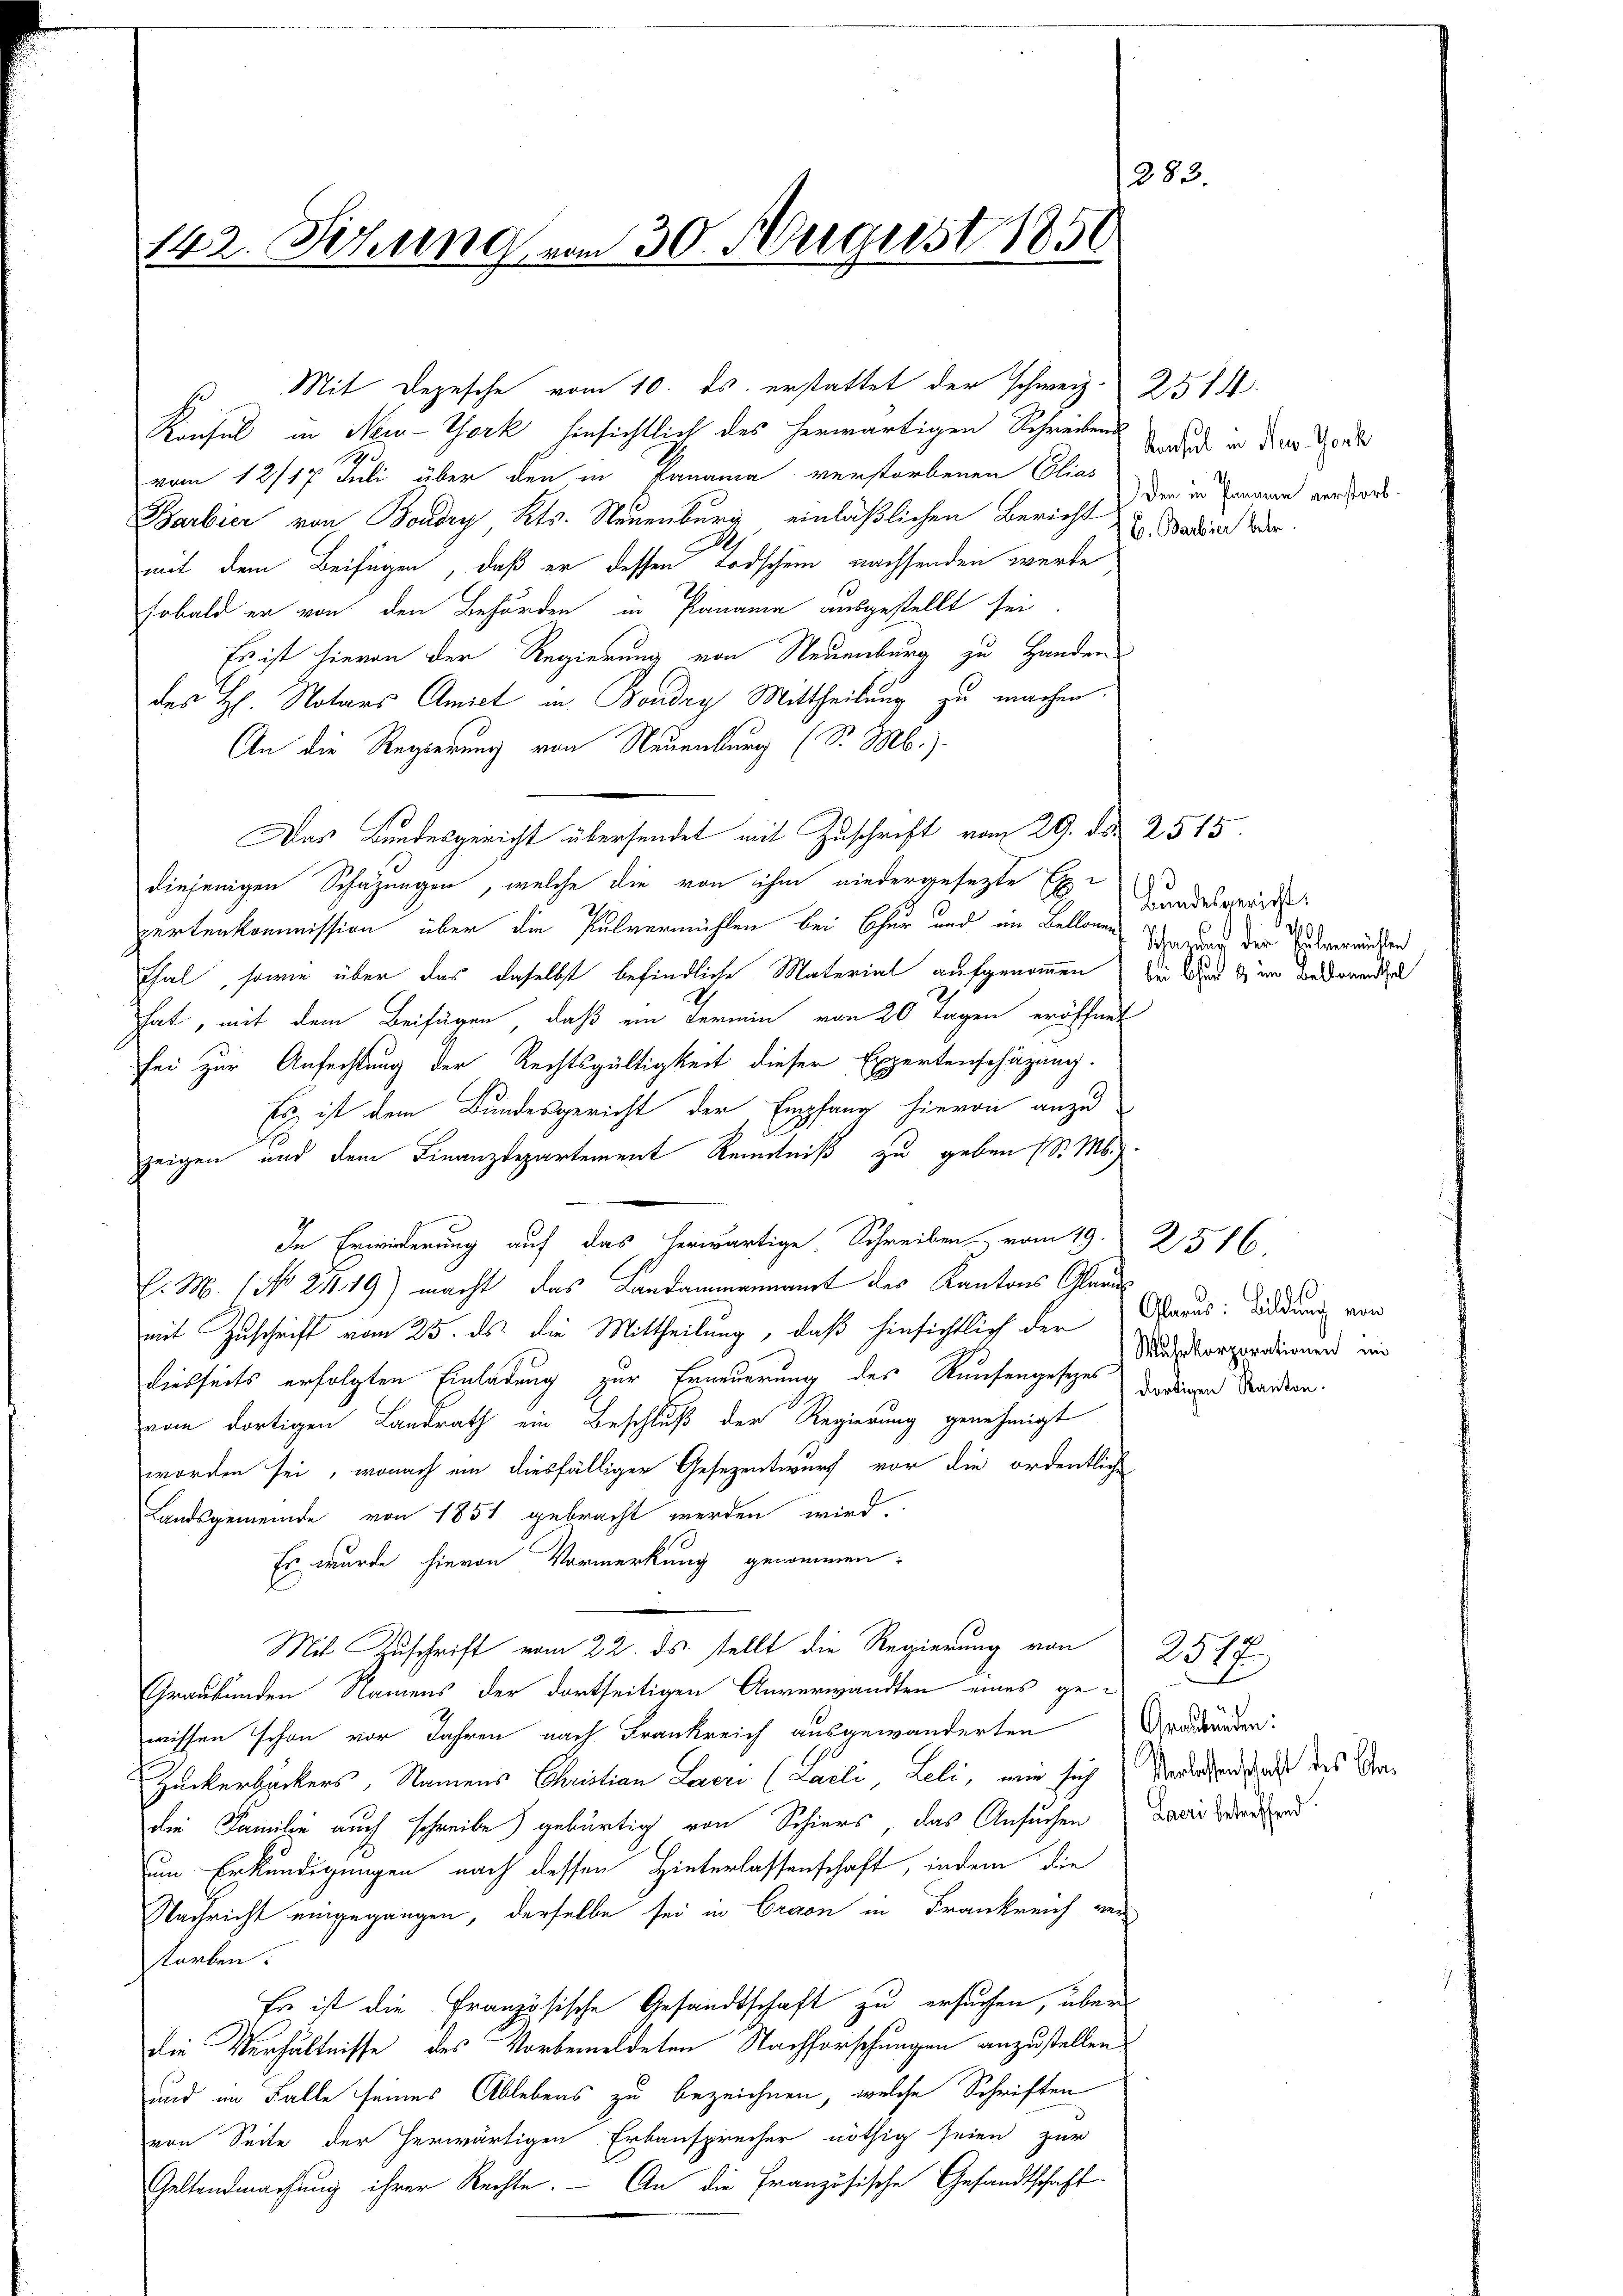
283.
142. Setzung vom 30. August 1851

Barbier von Boudry Kts. Neuenburg, einläßlichen Bericht u. Stadien Ver
mit dem Beifügen, daß er dessen Todschein nachsenden werde
Fobald er von den Behörden in Panamia ausgestellt sei
Es ist hievon der Regierung von Neuenburg zu Handen
des H. Notars Amiet in Bondry Mittheilung zu machen.
An die Regierung von Neuenburg (S. M.).
Das Bundesgericht übersendet mit Zuschrift vom 29. ds. 2515.
diejenigen Schazungen, welche die von ihm niedergesezte Exe
pertenkommission über die Pulvermühlen bei Chur und im Bellonen Ich der Einverwüchsen
Thal, sowie über das daselbst befindliche Material aufgenommen zu werde in derend zu
hat, mit dem Beifügen, daß ein Termin von 20 Tagen eröffnet
sei zur Anfechtung der Rechtsgültigkeit dieser Expertenschazung.
Es ist dem Bundesgericht der Empfang hievon anzu
zeigen und dem Finanzdepartement Kenntniß zu geben (d. M.
In Erwiederung auf das herwärtige. Schreiben vom 19. 2386
C. M. 1 No 2419) macht, das Landammannamt der Kantons Glarus
mit Zuschrift vom 25. ds. die Mittheilung, daß hinsichtlich der Graus: Bildung von
diesseits erfolgten Einladung zur Erneuerung des Runsengesezes darinen Mordern.
vom dortigen Landrath ein Beschluß der Regierung genehmigt
worden sei, wonach ein diesfälliger Gesezentwurf vor die ordentliche
Landsgemeinde von 1851 gebracht werden wird.
Es wurde hievon Vormerkung genommen:
Mit Zuschrift vom 22. ds. stellt die Regierung von
Graubünden Namens der dortseitigen Anverwandten eines gewissen schon vor Jahren nach Frankreich ausgewanderten
Zuckerbäckers, Namens Christian Leere (Laeli, Leli, wie sich Verlangen das des Andie Familie auch schreibe) gebürtig von Schiers, das Ansuchen darin Werkend
um Erkundigungen nach dessen Hinterlassenschaft, indem die
Nachricht eingegangen, derselbe sei in Craon in Frankreich vor
storben.
Er ist die Französische Gesandtschaft zu ersuchen, über
Die Verhältnisse des Vorbemeldeten Nachforschungen anzustellen.
und im Falle seines Ablebens zu bezeichnen, welche Schriften
von Seite der herwärtigen Erbansprecher nöthig seien zur
Geltendmachung ihrer Rechte. – An die Französische Gesandtschaft

Mit Depesche vom 10. ds. erstattet der schweiz. 2514
Konsul in New-York hinsichtlich des herwärtigen Schreiben
g
vom 12/17 Juli über den in Panama verstorbenen Elias

Konsul in Nov. Gonk
Den in Pananen verstorb.

Bundesgericht:

Wuhrkorporationen in

2517
Graubünden: